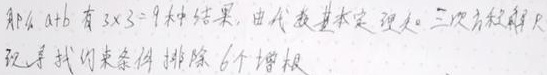
那么 \(a + b\) 有 \(3\times3 = 9\) 种结果，由代数基本定理，三次方程解只有\(3\)个。现在我们来条件排除\(6\)个增根。